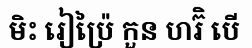
មិះ រៀប្រ៉ៃ កួន ហរ៊ិ បើ